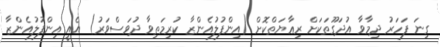
ގިނަ ފަހަރު ދިމާވާ އުދަގޫތަކަށް ރިޢާޔަތްކޮށް (އިންފުލުއެންޒާ ކުރިމަތިވާ ދުވަސްވަރު) އެއީ އިންފުލުއެންޒާ